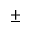
\pm